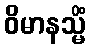
ဝိမာနသ္မိံ